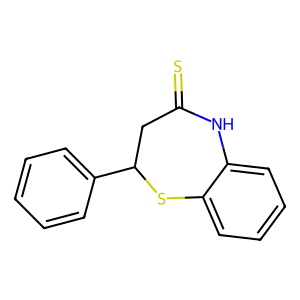
SMILES: S=C1CC(c2ccccc2)Sc2ccccc2N1
Inhibits HIV replication: No